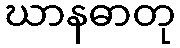
ဃာနဓာတု